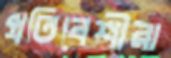
প্রতিবেশীরা